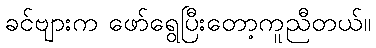
ခင်ဗျားက ဖော်ရွေပြီးတော့ကူညီတယ်။